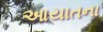
આયાતના